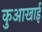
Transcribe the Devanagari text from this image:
कुआखाई